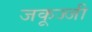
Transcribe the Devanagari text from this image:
जकूज्जी